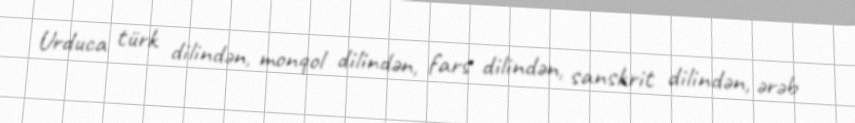
Urduca türk dilindən, monqol dilindən, fars dilindən, sanskrit dilindən, ərəb